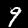
Digit: 9